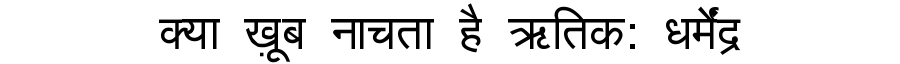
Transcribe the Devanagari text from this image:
क्या ख़ूब नाचता है ऋतिक: धर्मेंद्र